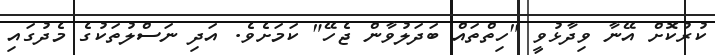
ކުރުކޮށް އޭނާ ވިދާޅުވީ "ހިތްތައް ބަދަލުވާން ޖެހޭ" ކަމަށެވެ. އަދި ނަސްލުތަކުގެ މެދުގައި